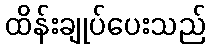
ထိန်းချုပ်ပေးသည်